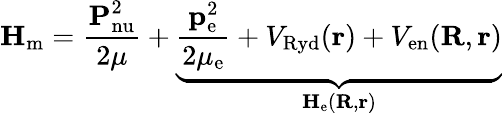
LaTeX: \textbf{H}_{\mathrm{m}}=\frac{\textbf{P}_{\mathrm{nu}}^{2}}{2\mu}+\underbrace{\frac{\textbf{p}_{\mathrm{e}}^{2}}{2\mu_{\mathrm{e}}}+V_{\mathrm{Ryd}}(\textbf{r})+V_{\mathrm{en}}(\textbf{R},\textbf{r})}_{\textbf{H}_{\mathrm{e}}(\textbf{R},\textbf{r})}